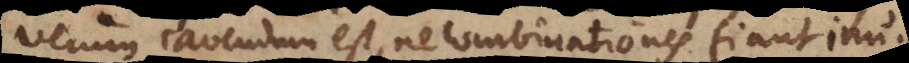
verum cavendum est, ne combinationes fiant inu